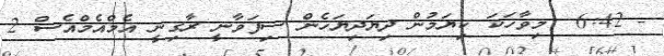
- 6:42  މިވާހަކަ ކިޔަމުން ދިޔަދިޔަހެން ސިފަވާނީ ރާގިނީ އެމްއެމްއެސް 2